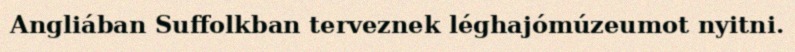
Angliában Suffolkban terveznek léghajómúzeumot nyitni.